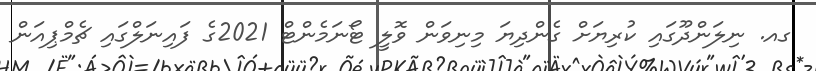
ގއ. ނިލަންދޫގައި ކުރިޔަށް ގެންދިޔަ މިނިވަން ވޮލީ ޓޯނަމެންޓް 2021ގެ ފައިނަލްގައި ޗެމްޕިއަން